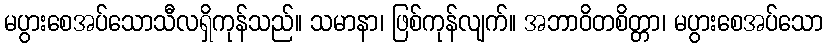
မပွားစေအပ်သောသီလရှိကုန်သည်။ သမာနာ၊ ဖြစ်ကုန်လျက်။ အဘာဝိတစိတ္တာ၊ မပွားစေအပ်သော